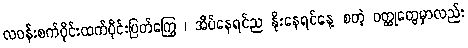
လဝန်းစက်ဝိုင်းထက်ပိုင်းပြတ်ကြွေ ၊ အိပ်နေရင်ည နိုးနေရင်နေ့ စတဲ့ ဝတ္ထုတွေမှာလည်း